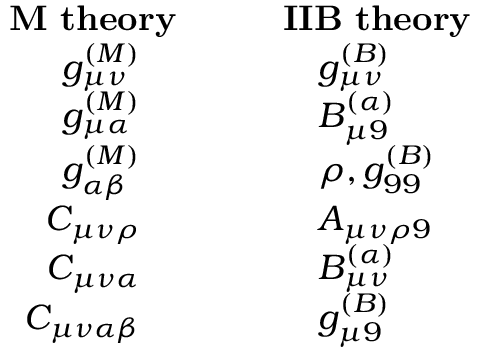
\begin{array} { r l } { { { \bf M \ t h e o r y } } } & { { \quad \quad { \bf I I B \ t h e o r y } } } \\ { { g _ { \mu \nu } ^ { ( M ) } \quad } } & { { \quad \quad \quad g _ { \mu \nu } ^ { ( B ) } } } \\ { { g _ { \mu \alpha } ^ { ( M ) } \quad } } & { { \quad \quad \quad B _ { \mu 9 } ^ { ( \alpha ) } } } \\ { { g _ { \alpha \beta } ^ { ( M ) } \quad } } & { { \quad \quad \quad \rho , g _ { 9 9 } ^ { ( B ) } } } \\ { { C _ { \mu \nu \rho } \quad } } & { { \quad \quad \quad A _ { \mu \nu \rho 9 } } } \\ { { C _ { \mu \nu \alpha } \quad } } & { { \quad \quad \quad B _ { \mu \nu } ^ { ( \alpha ) } } } \\ { { C _ { \mu \nu \alpha \beta } \quad } } & { { \quad \quad \quad g _ { \mu 9 } ^ { ( B ) } } } \end{array}